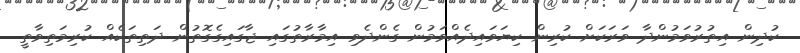
ކުދިން އިތުރުވަމުންދާ ވަރަކަށް ކުރިން ކިޔަވައިދެއްވަމުން ގެންދެވި އިމާރާތުގައި ޖާގައިގެގޮތުން ދަތިތަކެއް ކުރިމަތިވާތީ